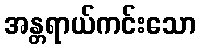
အန္တရာယ်ကင်းသော